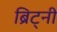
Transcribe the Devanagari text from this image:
ब्रिट्नी